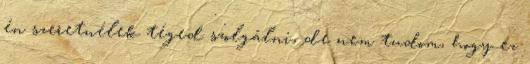
én szeretnélek téged szolgálni, de nem tudom, hogy ez